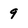
Character: 9